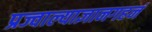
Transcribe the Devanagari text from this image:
प्रज्वाल्याज्ञानगहनं